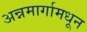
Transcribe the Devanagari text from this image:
अन्नमार्गामधून